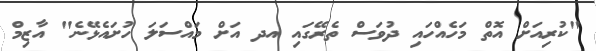
"ކުރިއަށް އޮތް މަހެއްހައި ދުވަސް ތެރޭގައި އދ އަށް މައްސަލަ ހުށައެޅޭނެ" އާޒިމް